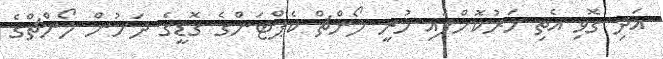
އަދި ގޮވި އެތި ހަރުކޮށްފައި ހުރީ ލޯންޗް ކެޕްޓަންގެ ގޮޑީގެ ދަށުން ލޯންޗްގެ